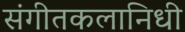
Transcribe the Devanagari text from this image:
संगीतकलानिधी